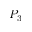
P _ { 3 }